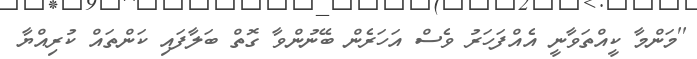
''މަންމާ ކީއްތަވާނީ އެއްފަހަރު ވެސް އަހަރެން ބޭނުންވާ ގޮތް ބަލާފައި ކަންތައް ކުރިއްޔާ